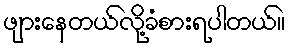
ဖျားနေတယ်လို့ခံစားရပါတယ်။